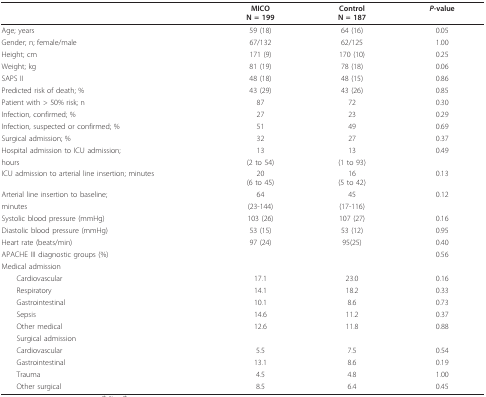
|  | MICON = 199 | ControlN = 187 | P-value |
 | --- | --- | --- | --- |
 | Age; years | 59 (18) | 64 (16) | 0.05 |
 | Gender; n; female/male | 67/132 | 62/125 | 1.00 |
 | Height; cm | 171 (9) | 170 (10) | 0.25 |
 | Weight; kg | 81 (19) | 78 (18) | 0.06 |
 | SAPS II | 48 (18) | 48 (15) | 0.86 |
 | Predicted risk of death; % | 43 (29) | 43 (26) | 0.85 |
 | Patient with > 50% risk; n | 87 | 72 | 0.30 |
 | Infection, confirmed; % | 27 | 23 | 0.29 |
 | Infection, suspected or confirmed; % | 51 | 49 | 0.69 |
 | Surgical admission; % | 32 | 27 | 0.37 |
 | Hospital admission to ICU admission; | 13 | 13 | 0.49 |
 | hours | (2 to 54) | (1 to 93) |  |
 | ICU admission to arterial line insertion; minutes | 20(6 to 45) | 16(5 to 42) | 0.13 |
 | Arterial line insertion to baseline; | 64 | 45 | 0.12 |
 | minutes | (23-144) | (17-116) |  |
 | Systolic blood pressure (mmHg) | 103 (26) | 107 (27) | 0.16 |
 | Diastolic blood pressure (mmHg) | 53 (15) | 53 (12) | 0.95 |
 | Heart rate (beats/min) | 97 (24) | 95(25) | 0.40 |
 | APACHE III diagnostic groups (%) |  |  | 0.56 |
 | Medical admission |  |  |  |
 | Cardiovascular | 17.1 | 23.0 | 0.16 |
 | Respiratory | 14.1 | 18.2 | 0.33 |
 | Gastrointestinal | 10.1 | 8.6 | 0.73 |
 | Sepsis | 14.6 | 11.2 | 0.37 |
 | Other medical | 12.6 | 11.8 | 0.88 |
 | Surgical admission |  |  |  |
 | Cardiovascular | 5.5 | 7.5 | 0.54 |
 | Gastrointestinal | 13.1 | 8.6 | 0.19 |
 | Trauma | 4.5 | 4.8 | 1.00 |
 | Other surgical | 8.5 | 6.4 | 0.45 |